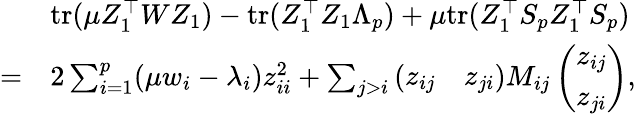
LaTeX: \begin{array}{rl}&{\mathrm{tr}(\mu Z_{1}^{\top}WZ_{1})-\mathrm{tr}(Z_{1}^{\top}Z_{1}\Lambda_{p})+\mu\mathrm{tr}(Z_{1}^{\top}S_{p}Z_{1}^{\top}S_{p})}\\ {=}&{2\sum_{i=1}^{p}(\mu w_{i}-\lambda_{i})z_{ii}^{2}+\sum_{j>i}\left(\begin{array}{ll}{z_{ij}}&{z_{ji}}\end{array}\right)M_{ij}\left(\begin{array}{l}{z_{ij}}\\ {z_{ji}}\end{array}\right),}\end{array}